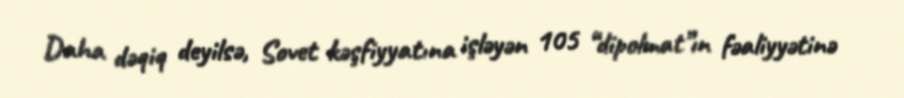
Daha dəqiq deyilsə, Sovet kəşfiyyatına işləyən 105 “dipolmat”ın fəaliyyətinə